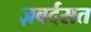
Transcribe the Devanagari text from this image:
ज़बर्दसत